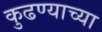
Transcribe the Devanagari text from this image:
कुढण्याच्या